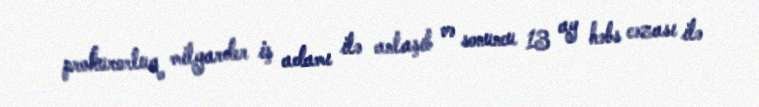
prokurorluq milyarder iş adamı ilə anlaşıb və sonuncu 13 ay həbs cəzası ilə